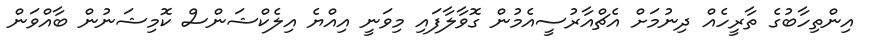
އިންތިހާބުގެ ތާރީހެއް ދިނުމަށް އެޗްއާރުސީއެމުން ގޮވާލާފައި މިވަނީ އިއްޔެ އިލެކްޝަންސް ކޮމިޝަނުން ބާއްވަން